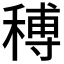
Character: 𥠵